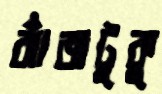
ঝাঁজটুকু